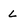
Character: L